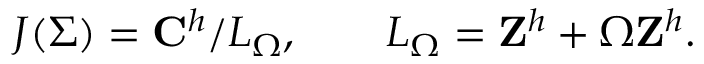
J ( \Sigma ) = { \bf C } ^ { h } / L _ { \Omega } , \qquad L _ { \Omega } = { \bf Z } ^ { h } + \Omega { \bf Z } ^ { h } .